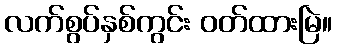
လက်စွပ်နှစ်ကွင်း ဝတ်ထားမြဲ။